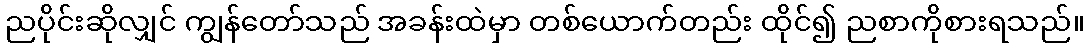
ညပိုင်းဆိုလျှင် ကျွန်တော်သည် အခန်းထဲမှာ တစ်ယောက်တည်း ထိုင်၍ ညစာကိုစားရသည်။